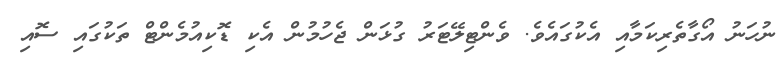
ނުހަނު އޯގާތެރިކަމާއި އެކުގައެވެ. ވެންޓިލޭޓަރު ގުޅަން ޖެހުމުން އެކި ޑޮކިއުމެންޓް ތަކުގައި ސޮއި